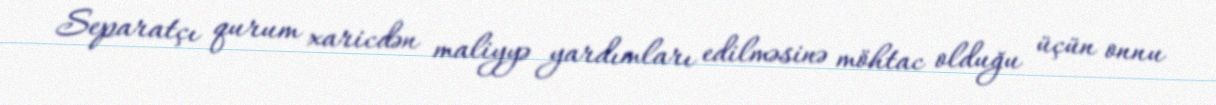
Separatçı qurum xaricdən maliyyə yardımları edilməsinə möhtac olduğu üçün onnu